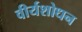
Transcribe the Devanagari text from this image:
वीर्यशोधन